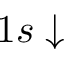
1 s \downarrow